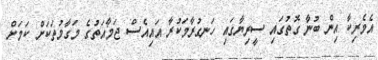
އެމެރިކާ އިން ބުނާ ގޮތުގައި ސީރިޔާގައި ހަނގުރާމަކުރާ އައިއެސް ޖަމާއަތުގެ މަގާމުތަކަށް ކަމަށް